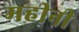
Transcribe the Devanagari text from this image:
महीनी